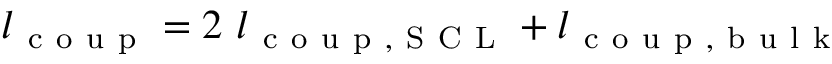
l _ { \mathrm { ~ c ~ o ~ u ~ p ~ } } = 2 \ l _ { \mathrm { ~ c ~ o ~ u ~ p ~ , ~ S ~ C ~ L ~ } } + l _ { \mathrm { ~ c ~ o ~ u ~ p ~ , ~ b ~ u ~ l ~ k ~ } }